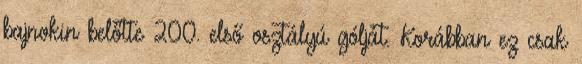
bajnokin belőtte 200. első osztályú gólját. Korábban ez csak